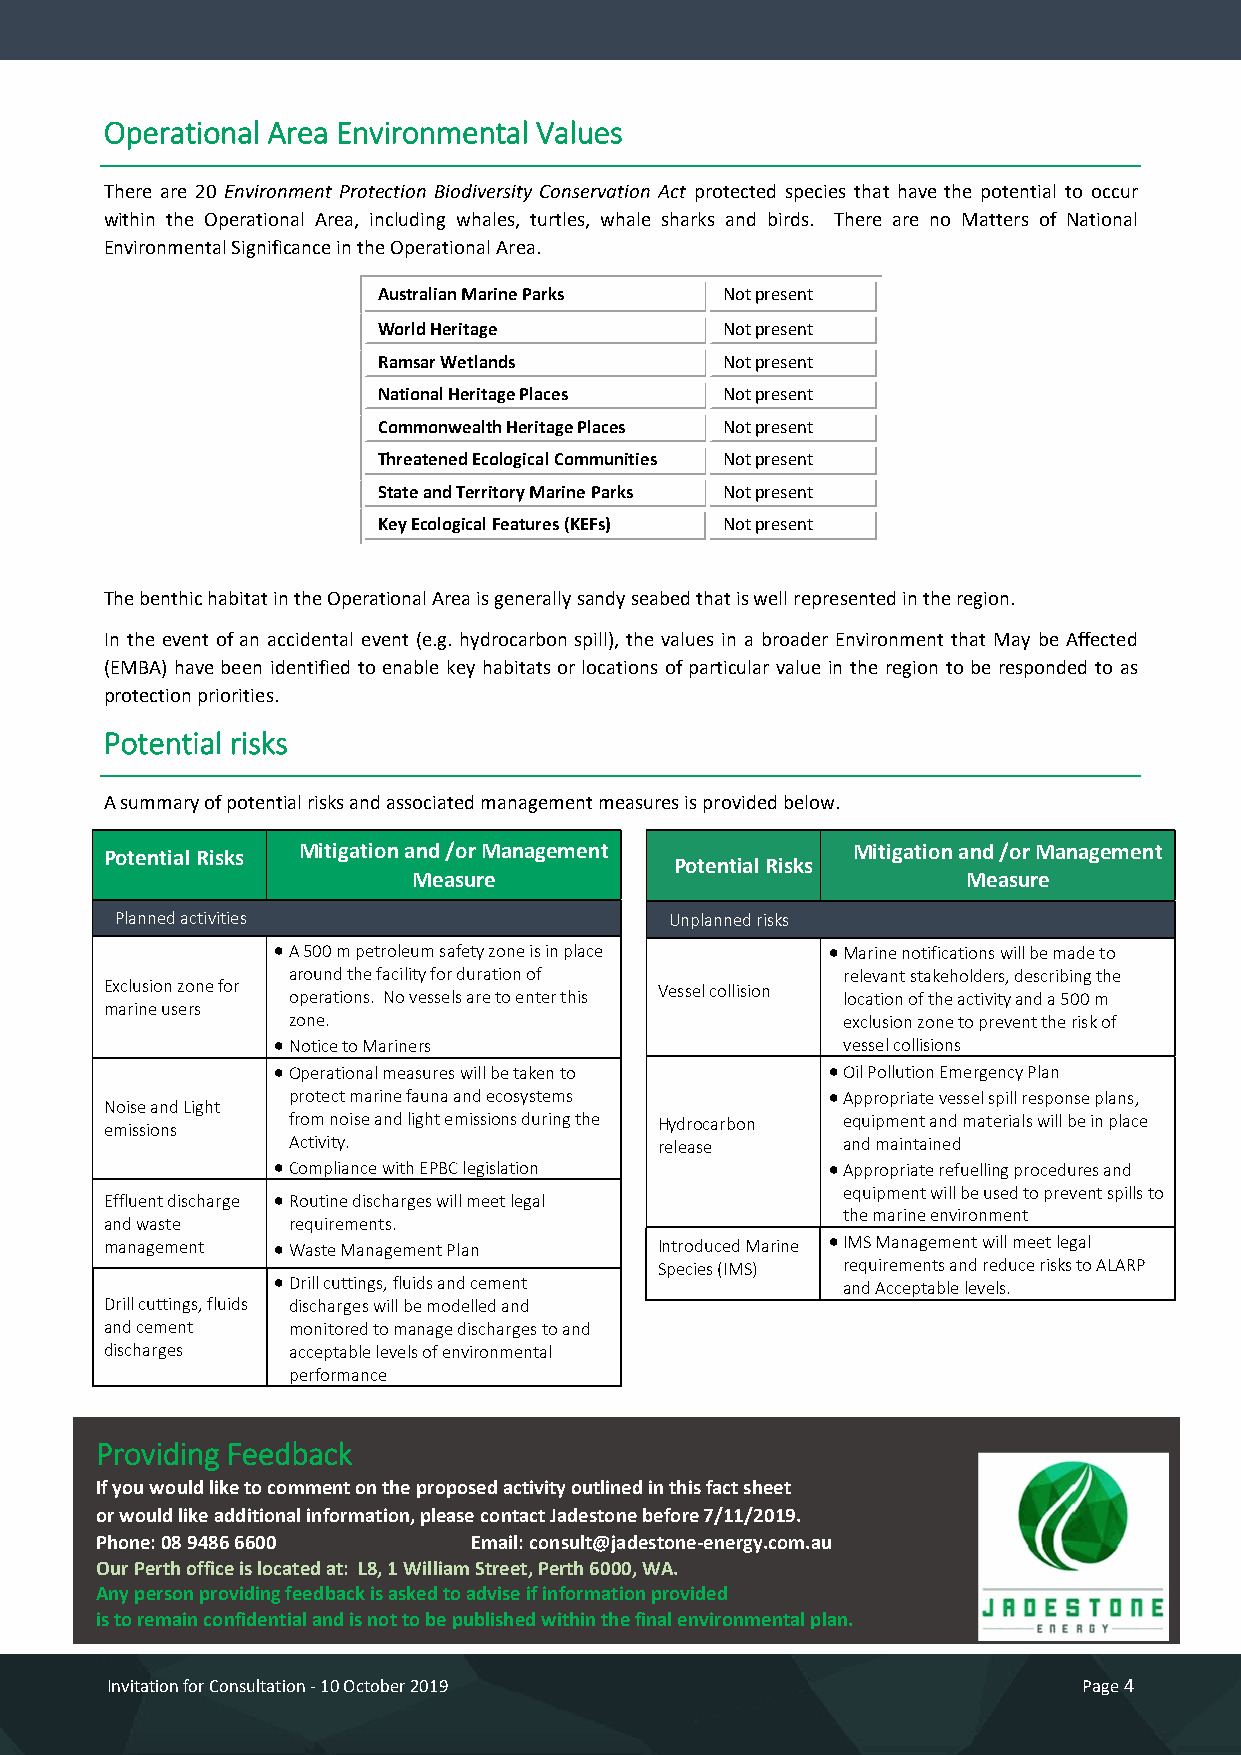
Operational Area Environmental Values
 There are 20 Environment Protection Biodiversity Conservation Act protected species that have the potential to occur
 within the Operational Area, including whales, turtles, whale sharks and birds. There are no Matters of National
 Environmental Significance in the Operational Area.
 Australian Marine Parks Not present
 World Heritage         Not present
 Ramsar Wetlands        Not present
 National Heritage Places Not present
 Commonwealth Heritage Places Not present
 Threatened Ecological Communities Not present
 State and Territory Marine Parks Not present
 Key Ecological Features (KEFs) Not present
 The benthic habitat in the Operational Area is generally sandy seabed that is well represented in the region.
 In the event of an accidental event (e.g. hydrocarbon spill), the values in a broader Environment that May be Affected
 (EMBA) have been identified to enable key habitats or locations of particular value in the region to be responded to as
 protection priorities.
 Potential risks
 A summary of potential risks and associated management measures is provided below.
 Potential Risks Mitigation and /or Management    Mitigation and /or Management
 Potential Risks
 Measure                              Measure
 Planned activities                  Unplanned risks
 A 500 m petroleum safety zone is in place Marine notifications will be made to
 around the facility for duration of  relevant stakeholders, describing the
 Exclusion zone for operations. No vessels are to enter this Vessel collision location of the activity and a 500 m
 marine users
 zone.                                exclusion zone to prevent the risk of
 Notice to Mariners                   vessel collisions
 Operational measures will be taken to Oil Pollution Emergency Plan
 protect marine fauna and ecosystems Appropriate vessel spill response plans,
 Noise and Light
 emissions   from noise and light emissions during the Hydrocarbon equipment and materials will be in place
 Activity.                release     and maintained
 Compliance with EPBC legislation    Appropriate refuelling procedures and
 Invit Ea ft fi lo un e nfo tr d C iso cn hs au rglt ea tion Routine discharges will meet legal equipment w ill be used to pPraegvee n4t spills to
 the marine environment
 and waste   requirements.
 management Waste Management Plan    Introduced Marine IMS Management will meet legal
 Species (IMS) requirements and reduce risks to ALARP
 Drill cuttings, fluids and cement    and Acceptable levels.
 Drill cuttings, fluids discharges will be modelled and
 and cement  monitored to manage discharges to and
 discharges  acceptable levels of environmental
 performance
 Providing Feedback
 If you would like to comment on the proposed activity outlined in this fact sheet
 or would like additional information, please contact Jadestone before 7/11/2019.
 Phone: 08 9486 6600      Email: consult@jadestone-energy.com.au
 O ur Perth office is located at: L8, 1 William Street, Perth 6000, WA.
 Any person providing feedback is asked to advise if information provided
 is to remain confidential and is not to be published within the final environmental plan.
 Invitation for Consultation - 10 October 2019                    Page 4